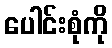
ပေါင်းစုံကို